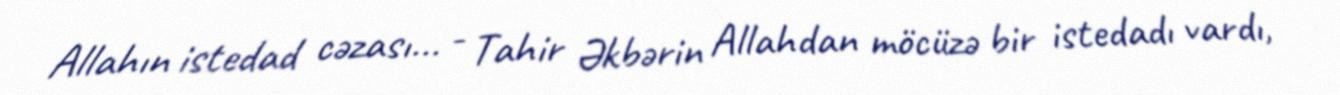
Allahın istedad cəzası... - Tahir Əkbərin Allahdan möcüzə bir istedadı vardı,